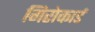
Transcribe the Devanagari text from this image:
गिरोकार्ड